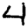
Digit: 4